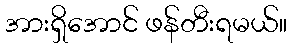
အားရှိအောင် ဖန်တီးရမယ်။